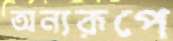
অন্যরূপে